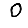
Digit: 0